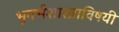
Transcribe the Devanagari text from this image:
भूगर्भशास्त्राविषयी